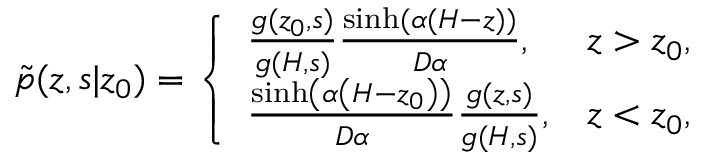
\begin{array} { r } { \tilde { p } ( z , s | z _ { 0 } ) = \left\{ \begin{array} { l l } { \frac { g ( z _ { 0 } , s ) } { g ( H , s ) } \frac { \sinh ( \alpha ( H - z ) ) } { D \alpha } , } & { z > z _ { 0 } , } \\ { \frac { \sinh \left( \alpha \left( H - z _ { 0 } \right) \right) } { D \alpha } \frac { g ( z , s ) } { g ( H , s ) } , } & { z < z _ { 0 } , } \end{array} \right. } \end{array}